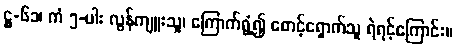
ဋ္ဌ-၆၁၊ ကံ ၅-ပါး လွန်ကျူးသူ၊ ကြောက်ရွံ့၍ စောင့်ရှောက်သူ ရဲရင့်ကြောင်း။